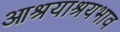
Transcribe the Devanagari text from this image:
आश्रयाश्रयभाव